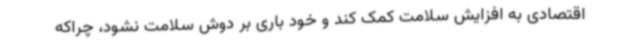
اقتصادی به افزایش سلامت کمک کند و خود باری بر دوش سلامت نشود، چراکه